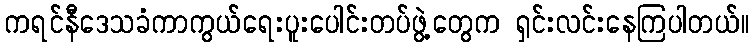
ကရင်နီဒေသခံကာကွယ်ရေးပူးပေါင်းတပ်ဖွဲ့တွေက ရှင်းလင်းနေကြပါတယ်။